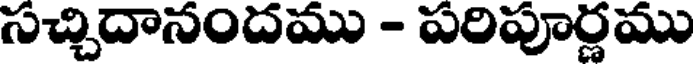
సచ్చిదానందము - పరిపూర్ణము